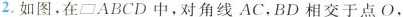
2.如图，在\parallelogram ABCD中，对角线AC，BD相交于点O，